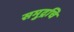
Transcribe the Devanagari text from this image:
समुद्रचि